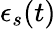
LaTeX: \epsilon_{s}(t)